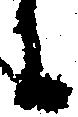
に